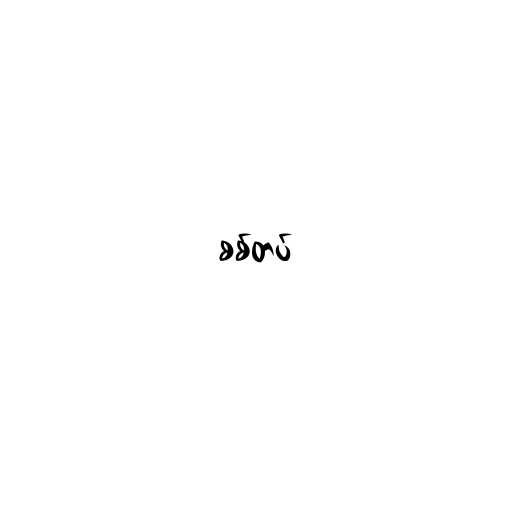
စစ်တပ်